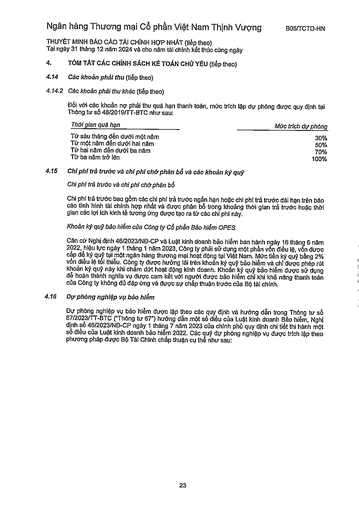
|Thời gian quá hạn|Mức trích dự phòng| |---|---| |Từ sáu tháng đến dưới một năm|30%| |Tiếp một năm đến dưới hai năm|50%| |Từ hai năm đến dưới ba năm|70%| |Từ ba năm trở lên|100%|